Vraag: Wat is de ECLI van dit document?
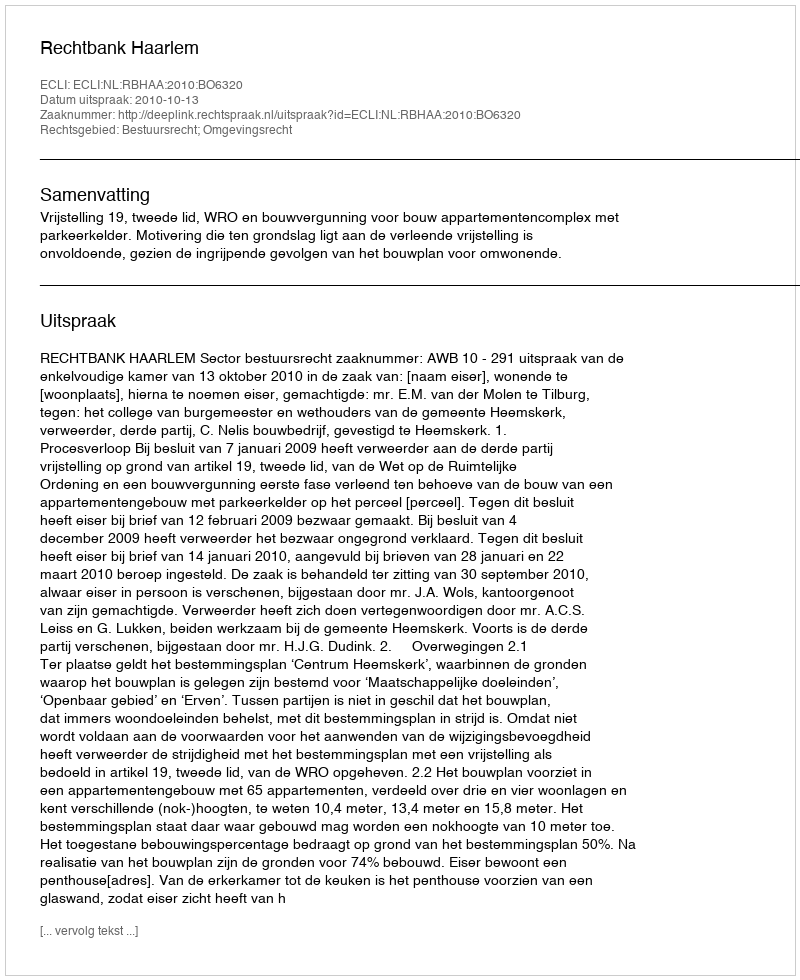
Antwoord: ECLI:NL:RBHAA:2010:BO6320